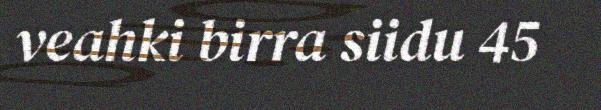
veahki birra siidu 45